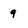
Character: 9